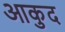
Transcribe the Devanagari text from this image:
आकुद